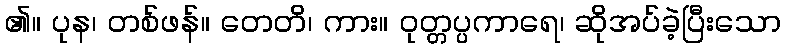
၏။ ပုန၊ တစ်ဖန်။ တေတိ၊ ကား။ ဝုတ္တပ္ပကာရေ၊ ဆိုအပ်ခဲ့ပြီးသော